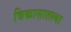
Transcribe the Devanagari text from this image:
विकासातल्या